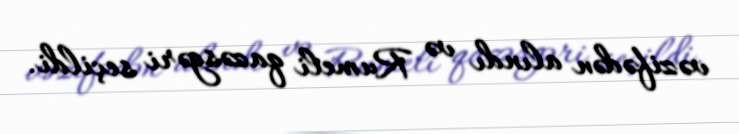
vəzifədən alındı və Rumeli qazəsgəri seçildi.